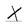
Character: X